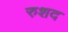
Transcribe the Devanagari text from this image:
रुशद